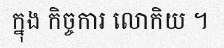
ក្នុង កិច្ចការ លោកិយ ។